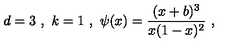
d = 3 \ , \ k = 1 \ , \ \psi ( x ) = \frac { ( x + b ) ^ { 3 } } { x ( 1 - x ) ^ { 2 } } \ ,